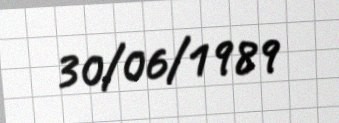
30/06/1989